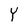
Character: Y